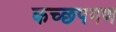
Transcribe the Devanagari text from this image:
कच्छपगण